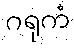
ဂရုကံ